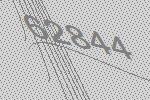
62844